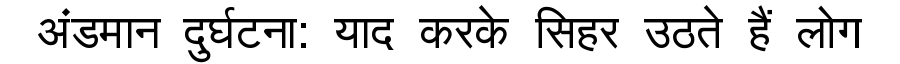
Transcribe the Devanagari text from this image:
अंडमान दुर्घटना: याद करके सिहर उठते हैं लोग